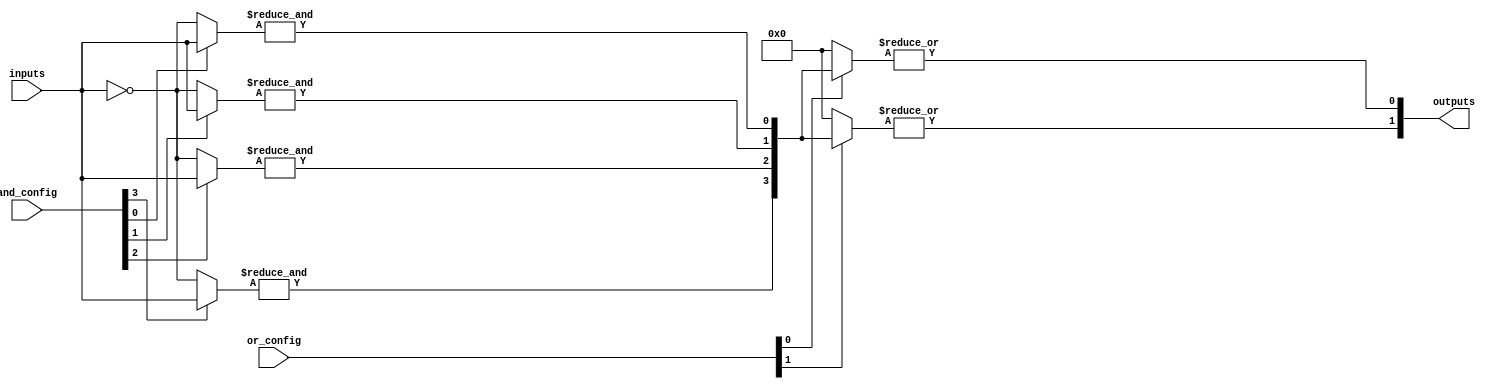
module PAL (
    input wire [N-1:0] inputs,          // N input lines
    input wire [M-1:0] and_config,       // Configuration for AND gates
    input wire [P-1:0] or_config,        // Configuration for OR gates
    output wire [Q-1:0] outputs          // Q output lines
);
    parameter N = 8;                     // Number of inputs
    parameter M = 4;                     // Number of AND gates
    parameter P = 2;                     // Number of OR gates
    parameter Q = 2;                     // Number of outputs

    // AND array outputs
    wire [M-1:0] and_out;

    // Generate AND gates based on configuration
    genvar i;
    generate
        for (i = 0; i < M; i = i + 1) begin : and_gates
            wire [N-1:0] and_inputs;
            assign and_inputs = and_config[i] ? inputs : ~inputs; // Example of using config
            assign and_out[i] = &and_inputs; // AND operation
        end
    endgenerate

    // OR array outputs
    wire [P-1:0] or_out;

    // Generate OR gates based on configuration
    generate
        for (i = 0; i < P; i = i + 1) begin : or_gates
            wire [M-1:0] or_inputs;
            assign or_inputs = or_config[i] ? and_out : 0; // Example of using config
            assign or_out[i] = |or_inputs; // OR operation
        end
    endgenerate

    // Final outputs
    assign outputs = or_out;

endmodule